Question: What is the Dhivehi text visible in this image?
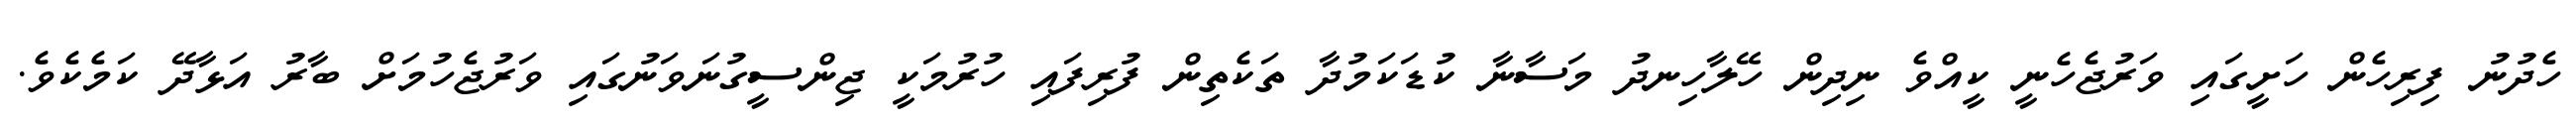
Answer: ހެދުނު ފިރިހެން ހަށީގައި ވަރުޖެހެނީ ކީއްވެ ނިދިން ހޭލާހިނދު މަސާނާ ކުޑަކަމުދާ ތަކެތިން ފުރިފައި ހުރުމަކީ ޖިންސީގުނަވަނުގައި ވަރުޖެހުމަށް ބާރު އަޅާދޭ ކަމެކެވެ.